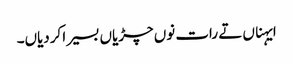
ایہناں تے رات نوں چڑیاں بسیرا کردیاں۔